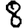
Digit: 8